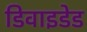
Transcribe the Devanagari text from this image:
डिवाइडेड